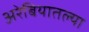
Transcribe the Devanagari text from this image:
अरेबियातल्या